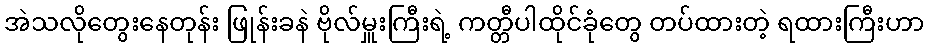
အဲသလိုတွေးနေတုန်း ဖြုန်းခနဲ ဗိုလ်မှူးကြီးရဲ့ ကတ္တီပါထိုင်ခုံတွေ တပ်ထားတဲ့ ရထားကြီးဟာ